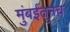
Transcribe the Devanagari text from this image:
मुंबईतूनच